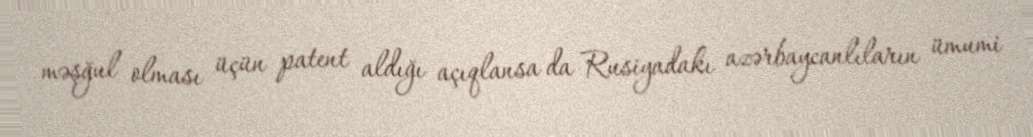
məşğul olması üçün patent aldığı açıqlansa da Rusiyadakı azərbaycanlıların ümumi